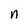
Character: n